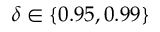
\delta \in \{ 0 . 9 5 , 0 . 9 9 \}